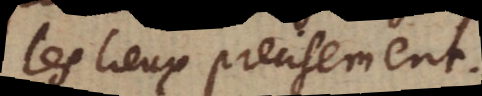
les lieux precisement.